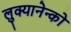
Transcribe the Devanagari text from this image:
लुक्यानेन्को